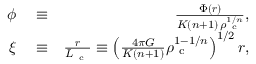
\begin{array} { r l r } { \phi } & { { } \equiv } & { \frac { \Phi ( \boldsymbol { r } ) } { K ( n + 1 ) \, \rho _ { \mathrm { ~ c ~ } } ^ { 1 / n } } , } \\ { \boldsymbol { \xi } } & { { } \equiv } & { \frac { \boldsymbol { r } } { L _ { \mathrm { ~ c ~ } } } \equiv \left( \frac { 4 \pi G } { K ( n + 1 ) } \rho _ { \mathrm { ~ c ~ } } ^ { 1 - 1 / n } \right) ^ { 1 / 2 } \boldsymbol { r } , } \end{array}